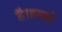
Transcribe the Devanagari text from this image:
है।हमारे